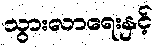
သွားလာရေးနှင့်